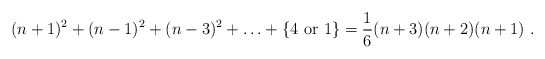
\begin{align*}(n+1)^2 + (n-1)^2 + (n-3)^2 + \ldots + \{ 4\ {\rm or}\ 1\} =\frac{1}{6}(n+3)(n+2)(n+1)\ .\end{align*}